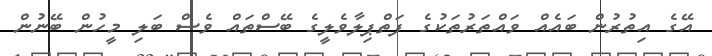
އޭގެ އިތުރުން ބައެއް ވައްތަރުތަކުގެ ފަތްޕިލާވެލީގެ ބޭސްތައް ވެސް ބަލި މީހުން ބޭނުން